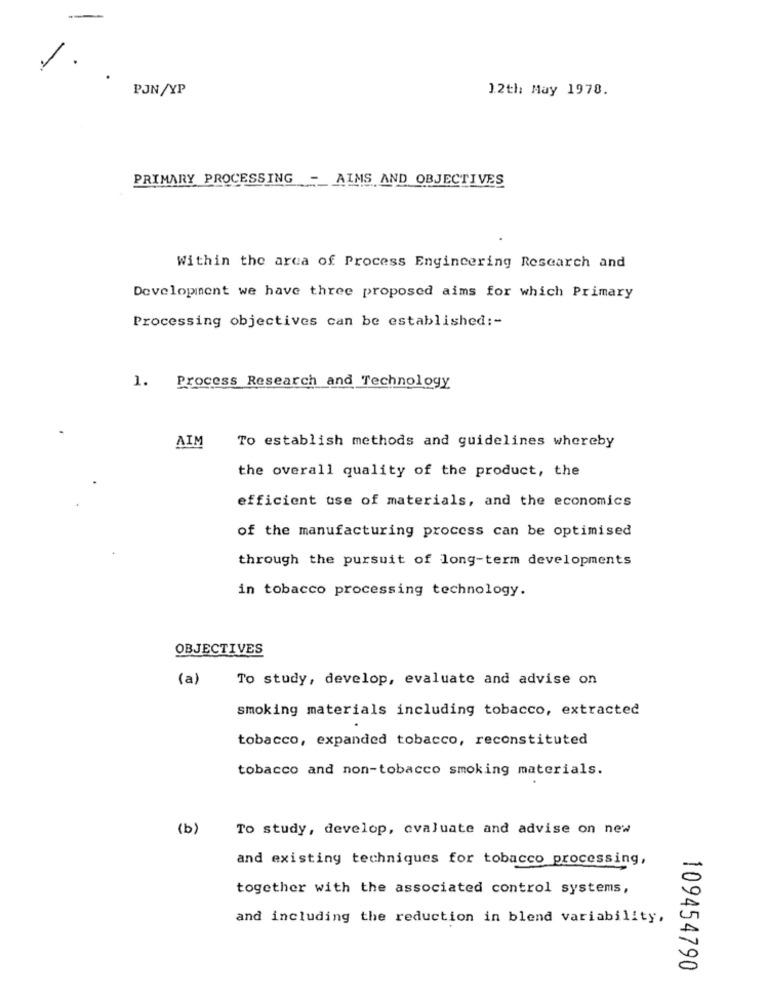
/
PJN/YP
12th May 1978.
PRIMARY PROCESSING
- AIMS AND OBJECTIVES
Within the area of Process Engineering Research and
Development we have three proposed aims for which Primary
Processing objectives can be established :-
1. Process Research and Technology
AIM
To establish methods and guidelines whereby
the overall quality of the product, the
efficient use of materials, and the economics
of the manufacturing process can be optimised
through the pursuit of long-term developments
in tobacco processing technology.
OBJECTIVES
(a)
To study, develop, evaluate and advise on
smoking materials including tobacco, extracted
tobacco, expanded tobacco, reconstituted
tobacco and non-tobacco smoking materials.
(b)
To study, develop, evaluate and advise on new
and existing techniques for tobacco processing,
together with the associated control systems,
and including the reduction in blend variability,
109454790